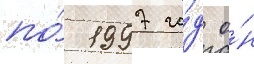
по́ 1997 го́д о́н